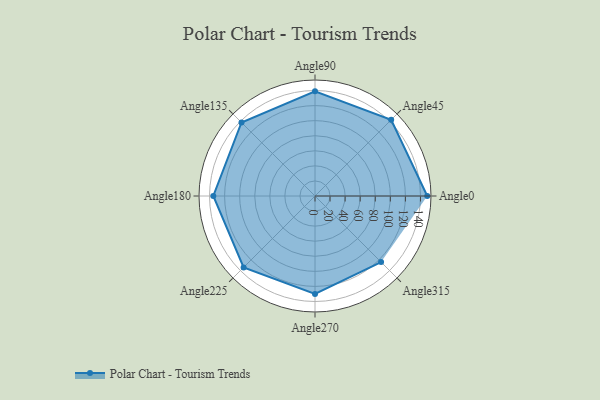
{"axis": {"x": "Angle", "y": "Radius"}, "legend": [""], "data": [{"x": "Angle0", "y": 149.0, "type": ""}, {"x": "Angle45", "y": 143.0, "type": ""}, {"x": "Angle90", "y": 139.0, "type": ""}, {"x": "Angle135", "y": 138.0, "type": ""}, {"x": "Angle180", "y": 135.0, "type": ""}, {"x": "Angle225", "y": 134.0, "type": ""}, {"x": "Angle270", "y": 130.0, "type": ""}, {"x": "Angle315", "y": 124.0, "type": ""}]}